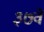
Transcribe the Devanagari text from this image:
३७वें